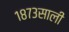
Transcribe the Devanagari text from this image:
१८७३साली